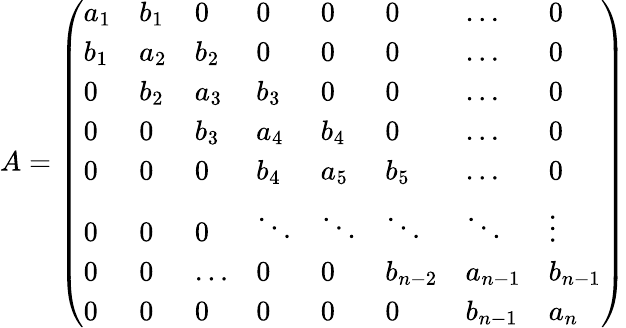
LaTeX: A=\left(\begin{array}{llllllll}{a_{1}}&{b_{1}}&{0}&{0}&{0}&{0}&{\dots}&{0}\\ {b_{1}}&{a_{2}}&{b_{2}}&{0}&{0}&{0}&{\dots}&{0}\\ {0}&{b_{2}}&{a_{3}}&{b_{3}}&{0}&{0}&{\dots}&{0}\\ {0}&{0}&{b_{3}}&{a_{4}}&{b_{4}}&{0}&{\dots}&{0}\\ {0}&{0}&{0}&{b_{4}}&{a_{5}}&{b_{5}}&{\dots}&{0}\\ {0}&{0}&{0}&{\ddots}&{\ddots}&{\ddots}&{\ddots}&{\vdots}\\ {0}&{0}&{\dots}&{0}&{0}&{b_{n-2}}&{a_{n-1}}&{b_{n-1}}\\ {0}&{0}&{0}&{0}&{0}&{0}&{b_{n-1}}&{a_{n}}\end{array}\right)